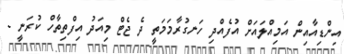
އިންޑިއާއިން އަމިއްލައަށް އުފެއްދި ހަނގުރާމަމަތީ ދެ ޖެޓް މިއަދު އިފްތިތާހް ކުރަނީ -